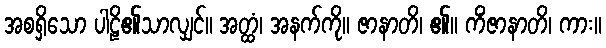
အစရှိသော ပါဠိ၏သာလျှင်။ အတ္ထံ၊ အနက်ကို။ ဇာနာတိ၊ ၏။ ကိံဇာနာတိ၊ ကား။